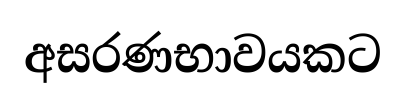
අසරණභාවයකට